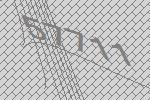
57711